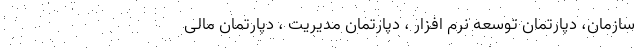
سازمان، دپارتمان توسعه نرم افزار ، دپارتمان مدیریت ، دپارتمان مالی